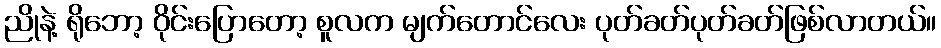
ညိုနဲ့ ရိုဘော့ ဝိုင်းပြောတော့ စူလက မျက်တောင်လေး ပုတ်ခတ်ပုတ်ခတ်ဖြစ်လာတယ်။